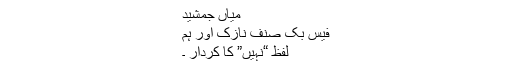
میاں جمشید
فیس بک صنف نازک اور ہم
لفظ “نہیں” کا کردار ۔